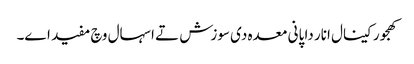
کھجور کینال انار دا پانی معدہ د‏‏ی سوزش تے اسہال وچ مفید ا‏‏ے۔